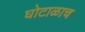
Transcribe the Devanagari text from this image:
घोटाळाच